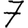
Digit: 7